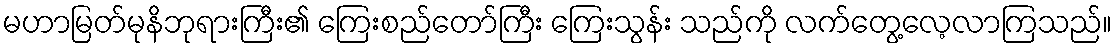
မဟာမြတ်မုနိဘုရားကြီး၏ ကြေးစည်တော်ကြီး ကြေးသွန်း သည်ကို လက်တွေ့လေ့လာကြသည်။